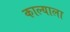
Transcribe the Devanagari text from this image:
काल्याला